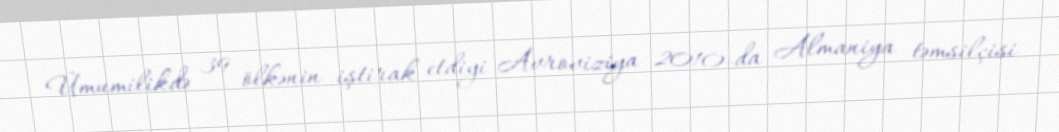
Ümumilikdə 39 ölkənin iştirak etdiyi Avroviziya 2010-da Almaniya təmsilçisi